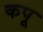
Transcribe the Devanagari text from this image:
कपू